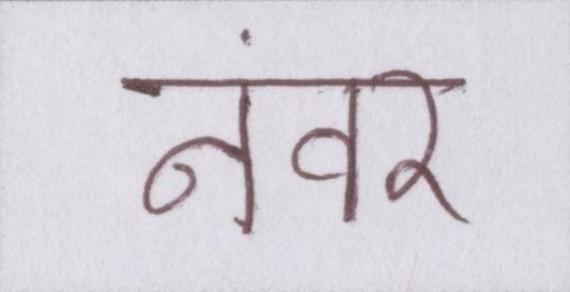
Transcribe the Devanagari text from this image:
नंवर